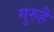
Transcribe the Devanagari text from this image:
गुरुहै